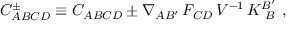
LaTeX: C _ { A B C D } ^ { \pm } \equiv C _ { A B C D } \pm \nabla _ { A B ^ { \prime } } \, F _ { C D } \, V ^ { - 1 } \, K _ { \ B } ^ { B ^ { \prime } } \ ,